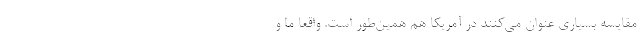
مقایسه بسیاری عنوان می‌کنند در آمریکا هم همین‌طور است. واقعا ما و